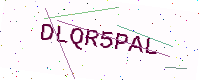
Text: DLQR5PAL